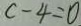
c - 4 = 0